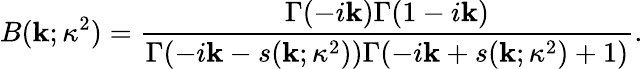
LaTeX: B(\mathbf{k};\kappa^{2})=\frac{{\Gamma(-i\mathbf{k})\Gamma(1-i\mathbf{k})}}{{\Gamma(-i\mathbf{k}-s(\mathbf{k};\kappa^{2}))\Gamma(-i\mathbf{k}+s(\mathbf{k};\kappa^{2})+1)}}.